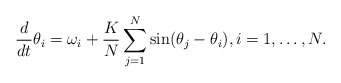
\begin{align*}\frac{d}{dt}\theta_i=\omega_i+\frac{K}{N}\sum_{j=1}^N\sin(\theta_j-\theta_i), i=1,\ldots,N. \end{align*}